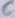
Text: C